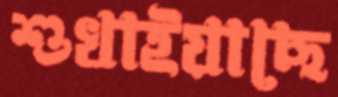
শুখাইয়াছে